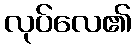
လုပ်လေ၏